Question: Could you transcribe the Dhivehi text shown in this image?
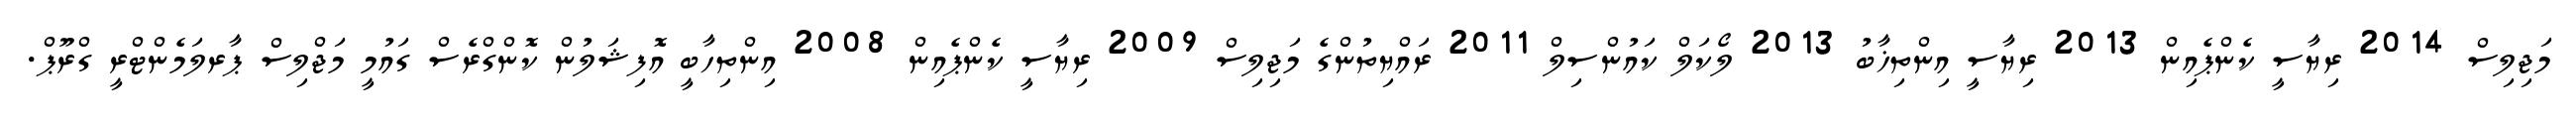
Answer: މަޖިލިސް 2014 ރިޔާސީ ކެންޕެއިން 2013 ރިޔާސީ އިންތިޚާބު 2013 ލޯކަލް ކައުންސިލް 2011 ރައްޔިތުންގެ މަޖިލިސް 2009 ރިޔާސީ ކެންޕެއިން 2008 އިންތިހާބީ އޮފިޝަލުން ކޮންގްރެސް ގައުމީ މަޖްލިސް ޕާރލަމެންޓްރީ ގްރޫޕް.